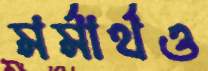
মর্মার্থও